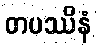
တပဿိနံ